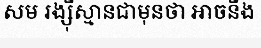
សម រង្ស៊ីស្មានជាមុនថា អាចនឹង